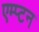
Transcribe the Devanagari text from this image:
एम्प्टन